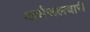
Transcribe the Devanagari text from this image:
अर्धजलचारी